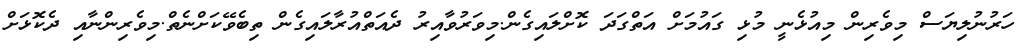
ހަރުނުލިޔަސް މިވެރިން މިއުޅެނީ މުޅި ގައުމަށް އަތްގަދަ ކޮށްލައިގެން.މިވަރުވާއިރު ދެއަތްއުރާލައިގެން ތިބެވޭކަށްނެތް.މިވެރިންނާއި ދެކޮޅަށް